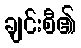
ချင်းစီ၏